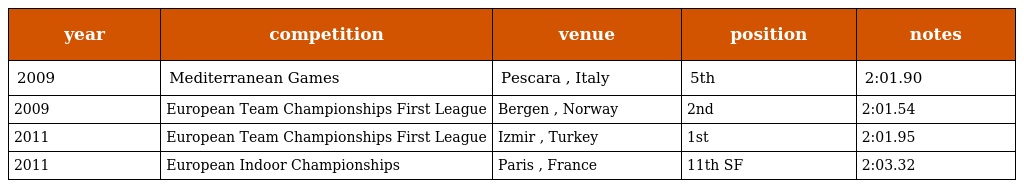
| year | competition | venue | position | notes |
 | --- | --- | --- | --- | --- |
 | 2009 | Mediterranean Games | Pescara , Italy | 5th | 2:01.90 |
 | 2009 | European Team Championships First League | Bergen , Norway | 2nd | 2:01.54 |
 | 2011 | European Team Championships First League | Izmir , Turkey | 1st | 2:01.95 |
 | 2011 | European Indoor Championships | Paris , France | 11th SF | 2:03.32 |